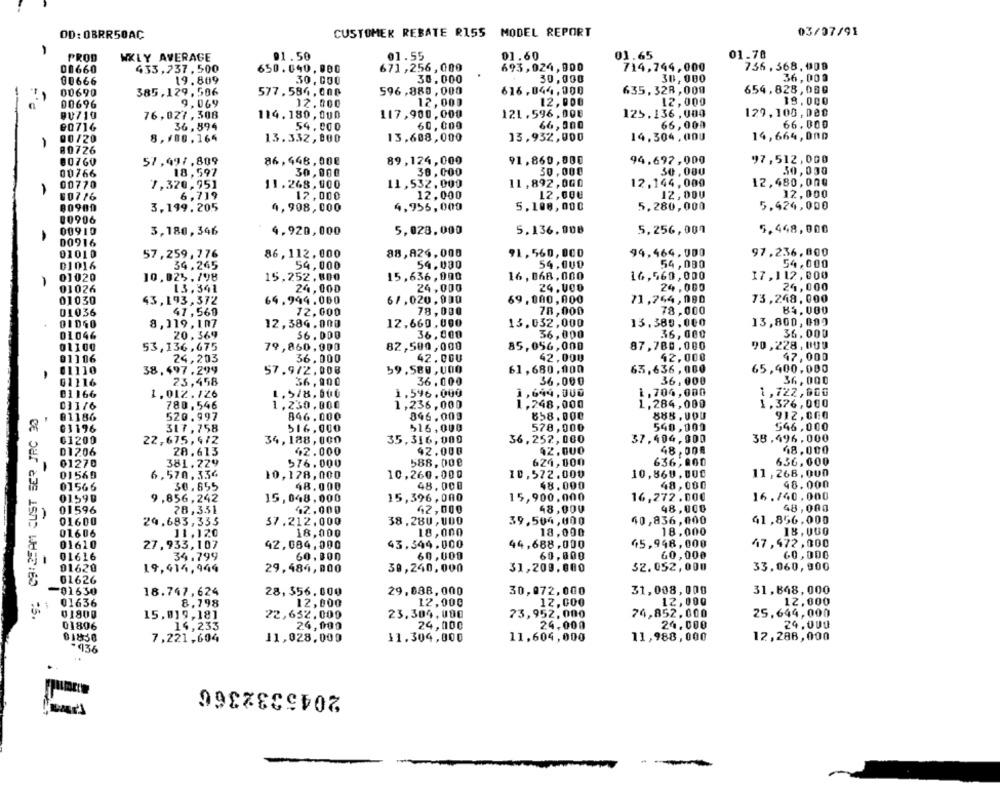
CUSTOMER REBATE RISS MODEL REPORT
03/07/91
OD: OBRR50AC
-
91.50
01.55
01.60
01.65
01.70
PROD
WKLY AVERAGE
00660
433,737, 500
650.040,000
671,256,000
693,024, 900
714,744,000
736, 368, 009
19.889
30, 000
30.000
30,000
30, 000
36,000
00666
00690
385,129,506
577, 584, 000
596,880, 000
616.044,000
635, 328,000
654.828, 080
00696
9,069
12.000
12,000
12,000
12,000
18.000
9U719
76,027,308
114.180, 000
117,900,000
121.596, 000
125.136 , 000
129, 100, 000
00716
36,894
54.000
60,000
66,000
66,009
66.000
00/20
8,100.164
13.332, 000
13,608,000
13,932,000
14.304,000
14,664, 000
80726
80760
57,997,809
86,448,008
89,124,000
91,860,000
94.697,000
97,512,000
00766
18,597
30,000
30,000
30,000
30,000
30, 030
11,892,000
12.144, 000
12,480,000
00770
7,320,951
11.268, 000
11,532,000
007 16
6,719
12,000
12,000
12,00€
12,000
12,000
4,908,000
4,955,000
5.100,000
5.280,000
5.424,000
90900
3.199, 205
00906
5,028.000
5.136.008
5,256,000
5.448,000
00910
3,180,346
4.920,000
00916
01010
57,259,776
86,112,000
88,826,000
91,560, 000
94,464,000
97.236,000
01016
34.245
54,000
54.030
54,000
54,000
54,000
01020
10,025./98
15,252,800
15,636, 000
16 , 068, 000
16,560,000
17,112, 000
01026
13.341
24,000
24,000
24.000
24,000
24,000
01030
43,193, 372
64.944.000
67,020,000
69,000,000
71,744,090
73,248, 000
01036
47,560
72,000
78,000
78,000
78,000
84,000
8,119, IR7
12,384,000
12,660,000
13.032,000
13.389,000
13,800,000
36,000
36.000
01046
20,369
$6.000
36,000
36,000
01100
53,136,675
79,860, 000
82,500,000
85,056,000
87,780.000
90,228,000
42,000
47,000
01106
24,203
36.000
42. COU
42,000
01110
38,497.299
57.9/2.008
59.580,000
61,680,000
63,636, 000
65,400.000
36,900
36,000
36,000
36,000
01116
23,458
36,000
01166
1.012. 126
1,5/8,500
1.596.000
1,644.000
i, 704,000
1,722,600
1,236,000
1,248,000
1, 284,000
1.376,000
'S: C9:25AM CUST SER JRC 30
011/6
780,546
1,230,000
@1186
520.997
846.000
846.009
658.000
888.000
912,000
03196
317,758
516,000
578,000
540,000
546,000
516,000
01200
22,675,412
34,188,000
35.316,000
36,252,000
37,404,900
38.496.000
D1206
28.613
42.000
42.000
42.000
48,008
48,000
01270
381.229
576.000
588,000
624,000
636,000
636,000
01569
6,570,336
10,128, 000
10,260.000
10,572.000
10,860.000
11, 268, 000
01566
30. 655
48.000
48.000
48.000
48,000
48.000
01599
9,856,242
15,048,000
15,396,000
15,900,000
16,272.000
16.740, 000
01596
78, 331
12,000
42,000
48,000
48,000
48,000
01600
24.683,335
37.212.000
38.280, 000
39,504,000
40,836,000
41,856.000
01606
11.120
18,000
18,000
18,000
18.000
18,000
01610
27,933,107
42,084,000
43,344.000
44,688.000
45,948,000
47,472,000
60,000
60,000
60,000
01616
34.799
60. 000
60,000
01620
19,414,944
29.484, 000
30,240,000
31,209.000
32.052,000
33,060, 900
01626
-01630
18.747, 624
28, 356, 000
29,888, 000
30,072,000
31,008,000
31,848, 000
01636
12,000
12,000
12,000
8.798
12,000
12,000
01800
15,019,181
22,632,000
23.304, 000
73,952,000
74,852,000
25,644,000
01806
14,233
24,000
24,000
24,000
24.000
24.000
01830
7,221,604
11,028,000
11.304,000
11,604,000
11,988,000
12,288,000
2045332366